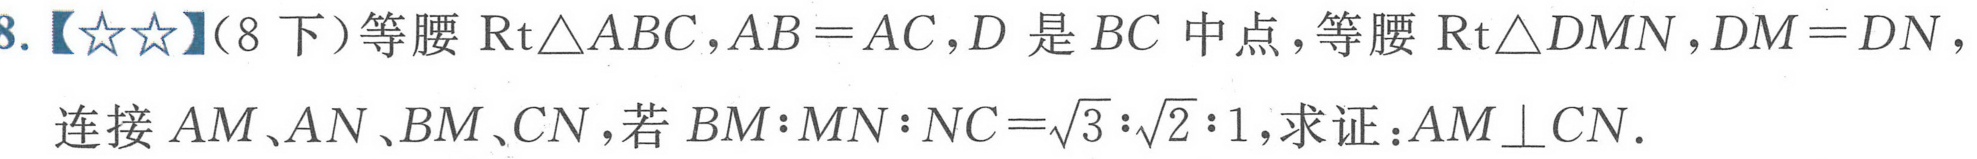
8.【★★】(8下)等腰$\text{Rt}\triangle ABC,AB = AC,D$是$BC$中点，等腰$\text{Rt}\triangle DMN,DM = DN$，
连接$AM、AN、BM、CN$，若$BM:MN:NC=\sqrt{3}:\sqrt{2}:1$，求证：$AM\perp CN$.